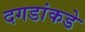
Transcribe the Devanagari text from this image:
दगडांकडे